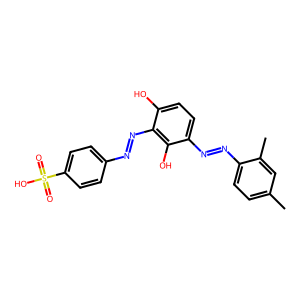
SMILES: Cc1ccc(N=Nc2ccc(O)c(N=Nc3ccc(S(=O)(=O)O)cc3)c2O)c(C)c1
Inhibits HIV replication: No